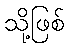
သို့ဖြစ်